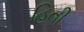
હિતી